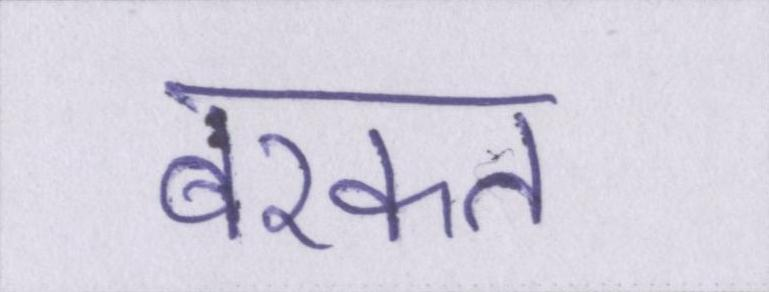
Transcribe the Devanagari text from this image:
बरकत